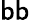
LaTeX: \mathsf{b}\mathsf{b}